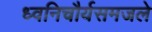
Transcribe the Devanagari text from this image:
ध्वनिचौर्यसमजले